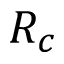
R _ { c }